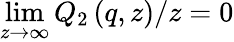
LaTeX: \operatorname*{lim}_{z\rightarrow\infty}Q_{2}\left(q,z\right)/z=0